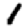
Digit: 1